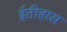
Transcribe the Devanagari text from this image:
ईतीहास